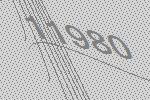
11980